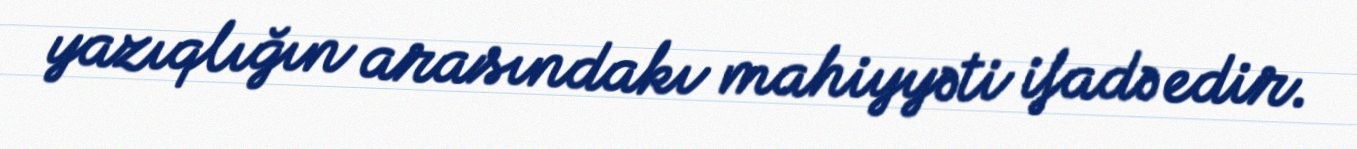
yazıqlığın arasındakı mahiyyəti ifadə edir.